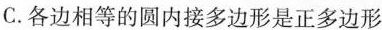
C.各边相等的圆内接多边形是正多边形